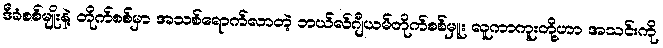
ဒီခံစစ်မျိုးနဲ့ တိုက်စစ်မှာ အသစ်ရောက်လာတဲ့ ဘယ်လ်ဂျီယမ်တိုက်စစ်မှူး လူကာကူးတို့ဟာ အသင်းကို